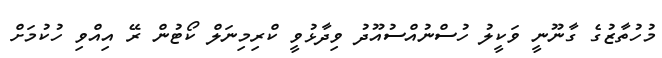
މުހުތާޒުގެ ގާނޫނީ ވަކީލު ހުސްނުއްސުއޫދު ވިދާޅުވީ ކްރިމިނަލް ކޯޓުން ރޭ އިއްވި ހުކުމަށް